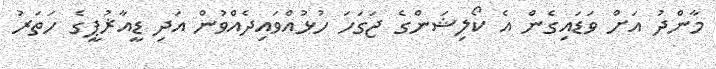
މާންދު އަށް ވަޑައިގެން އެ ކޯލިޝަންގެ ޖަގަހަ ހުޅުއްވައިދެއްވުން އަދި ޑީއާޜުޕީގެ ހަތަރު